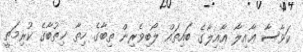
ކަވާސާ ޢާއިލާ ޢާއިލާގެ ބައިތައް ލޯބިވެރިން ތިބާގެ ހިތާ ޚިޠުބާގެ ކުރިމަތީ